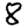
Digit: 8